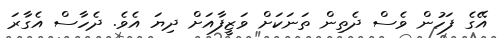
އޭގެ ފަހުން ވެސް ދެތިން ތަނަކަށް ވަޒީފާއަށް ދިޔަ އެވެ. ދެހާސް އެގާރަ